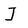
Character: I